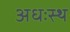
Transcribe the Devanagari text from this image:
अधःस्थ